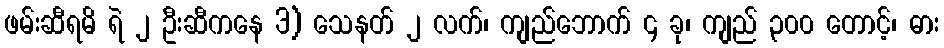
ဖမ်းဆီရမိ ရဲ ၂ ဦးဆီကနေ 3) သေနတ် ၂ လက်၊ ကျည်ဘောက် ၄ ခု၊ ကျည် ၃၀၀ တောင့်၊ ဓား